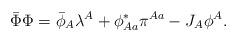
LaTeX: \begin{align*}\bar{\Phi}\Phi=\bar{\phi}_A\lambda^A+\phi^*_{Aa}\pi^{Aa}-J_A\phi^A.\end{align*}